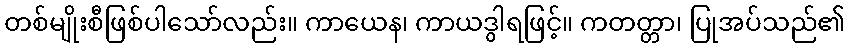
တစ်မျိုးစီဖြစ်ပါသော်လည်း။ ကာယေန၊ ကာယဒွါရဖြင့်။ ကတတ္တာ၊ ပြုအပ်သည်၏